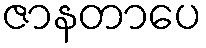
ဇာနတာပေ